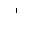
Letter: _alif